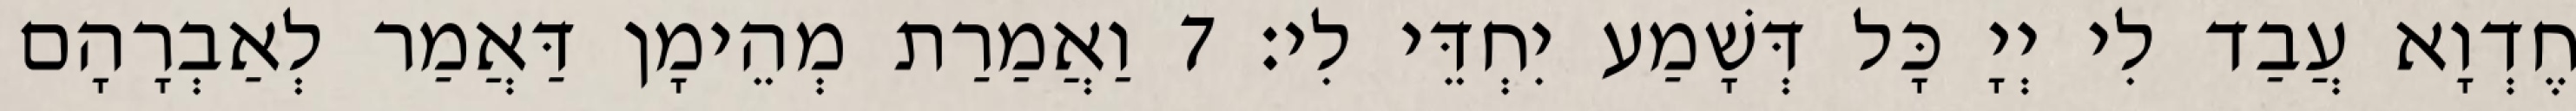
חֶדְוָא עֲבַד לִי יְיָ כָּל דְּשָׁמַע יִחְדֵּי לִי׃ 7 וַאֲמַרַת מְהֵימָן דַּאֲמַר לְאַבְרָהָם